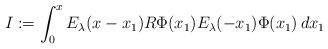
\begin{align*}I:=\int_0^xE_{\lambda}(x-x_1) R \Phi(x_1) E_\lambda(-x_1)\Phi(x_1)\,dx_1 \end{align*}